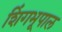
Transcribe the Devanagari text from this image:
शिंगभूपाल